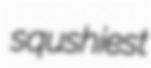
squshiest